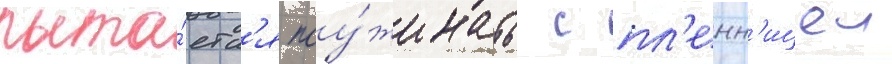
пыта́етс'я поу́жинать с пл'енн'ицеи